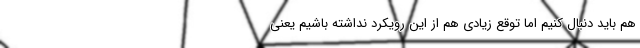
هم باید دنبال کنیم اما توقع زیادی هم از این رویکرد نداشته باشیم یعنی